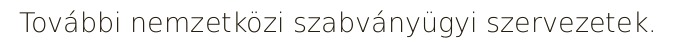
További nemzetközi szabványügyi szervezetek.